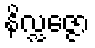
နိလ္လဇ္ဇော